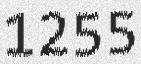
1255